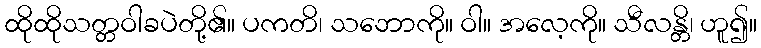
ထိုထိုသတ္တဝါခပဲတို့၏။ ပကတိ၊ သဘောကို။ ဝါ။ အလေ့ကို။ သီလန္တိ၊ ဟူ၍။